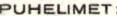
PUHELIMET: